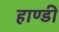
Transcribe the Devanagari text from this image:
हाण्डी